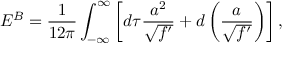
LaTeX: { \cal E } ^ { B } = \frac 1 { 1 2 \pi } \int _ { - \infty } ^ { \infty } \left[ d \tau \frac { a ^ { 2 } } { \sqrt { f ^ { \prime } } } + d \left( \frac a { \sqrt { f ^ { \prime } } } \right) \right] ,